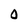
Character: 0